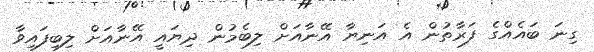
ގިނަ ބައެއްގެ ފަރާތުން އެ އަނިޔާ އޭނާއަށް ލިބެމުން ދިޔައީ އޭނާއަށް ލިބިފައިވާ